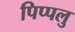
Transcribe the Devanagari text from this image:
पिप्पलु